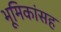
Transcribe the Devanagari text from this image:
भूमिकांसह